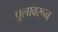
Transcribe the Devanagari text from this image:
पूलावरून